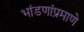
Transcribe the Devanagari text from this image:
भांडणांप्रमाणे